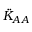
\ddot { K } _ { A A }